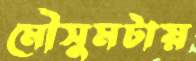
মৌসুমটায়